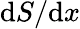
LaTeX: \mathrm{d}S/\mathrm{d}x